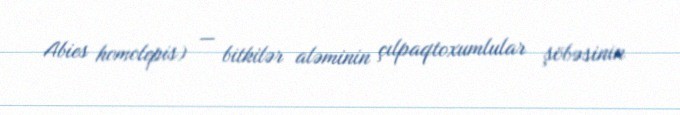
Abies homolepis) — bitkilər aləminin çılpaqtoxumlular şöbəsinin